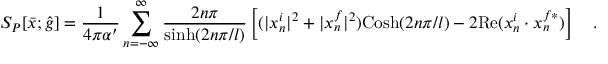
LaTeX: S _ { P } [ { \bar { x } } ; { \hat { g } } ] = { \frac { 1 } { 4 \pi \alpha ^ { \prime } } } \sum _ { n = - \infty } ^ { \infty } { \frac { 2 n \pi } { \mathrm { s i n h } ( 2 n \pi / l ) } } \left[ ( | x _ { n } ^ { i } | ^ { 2 } + | x _ { n } ^ { f } | ^ { 2 } ) \mathrm { C o s h } ( 2 n \pi / l ) - 2 \mathrm { R e } ( x _ { n } ^ { i } \cdot x _ { n } ^ { f * } ) \right] \quad .